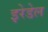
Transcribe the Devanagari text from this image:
इरेडेल